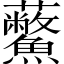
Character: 𧆊